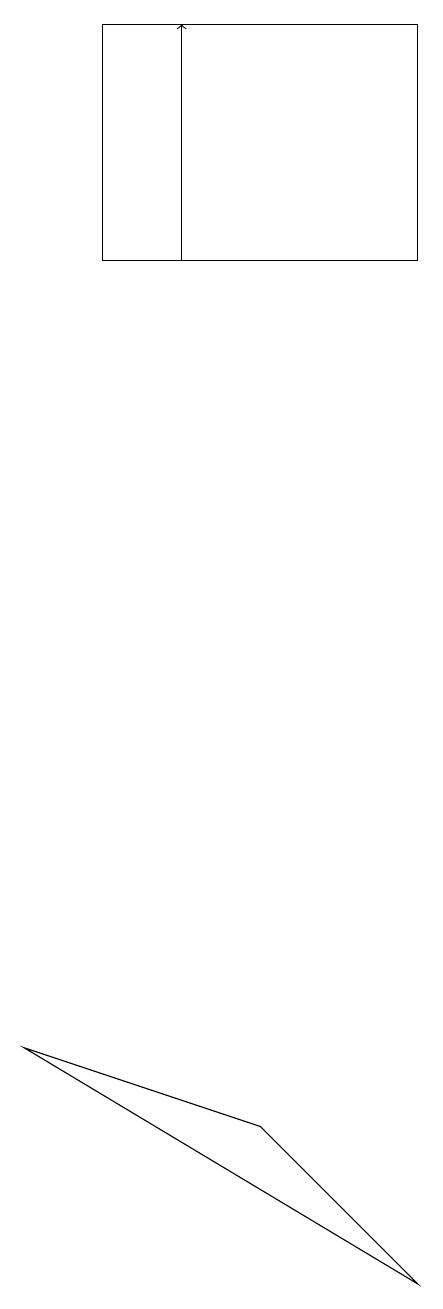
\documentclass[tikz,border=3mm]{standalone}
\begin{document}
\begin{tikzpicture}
\draw (3,18) rectangle (7,15);
\draw[->] (4,15) -- (4,18);
\draw (2,5) -- (5,4) -- (7,2) -- cycle;
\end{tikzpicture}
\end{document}